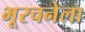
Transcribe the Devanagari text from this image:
भूरचनेला